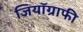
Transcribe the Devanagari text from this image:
जियॉग्राफी